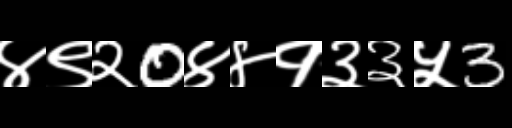
Text: ४९२0४४१३३५3